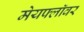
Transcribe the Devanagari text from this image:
मेयफ्लाॅवर